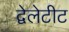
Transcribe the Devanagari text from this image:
द्वेलेटीट